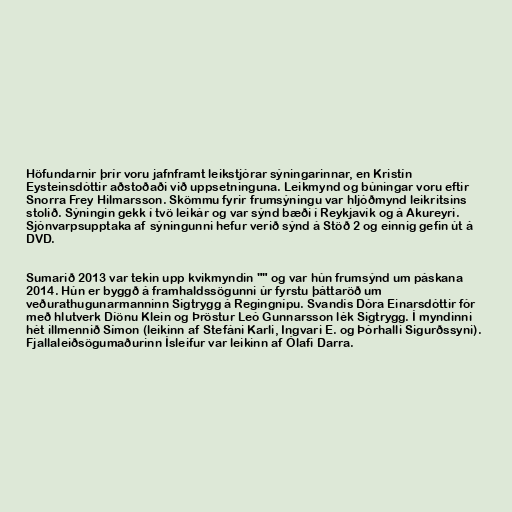
Höfundarnir þrír voru jafnframt leikstjórar sýningarinnar, en Kristín
Eysteinsdóttir aðstoðaði við uppsetninguna. Leikmynd og búningar voru eftir
Snorra Frey Hilmarsson. Skömmu fyrir frumsýningu var hljóðmynd leikritsins
stolið. Sýningin gekk í tvö leikár og var sýnd bæði í Reykjavík og á Akureyri.
Sjónvarpsupptaka af sýningunni hefur verið sýnd á Stöð 2 og einnig gefin út á
DVD.

Sumarið 2013 var tekin upp kvikmyndin "" og var hún frumsýnd um páskana
2014. Hún er byggð á framhaldssögunni úr fyrstu þáttaröð um
veðurathugunarmanninn Sigtrygg á Regingnípu. Svandís Dóra Einarsdóttir fór
með hlutverk Díönu Klein og Þröstur Leó Gunnarsson lék Sigtrygg. Í myndinni
hét illmennið Símon (leikinn af Stefáni Karli, Ingvari E. og Þórhalli Sigurðssyni).
Fjallaleiðsögumaðurinn Ísleifur var leikinn af Ólafi Darra.